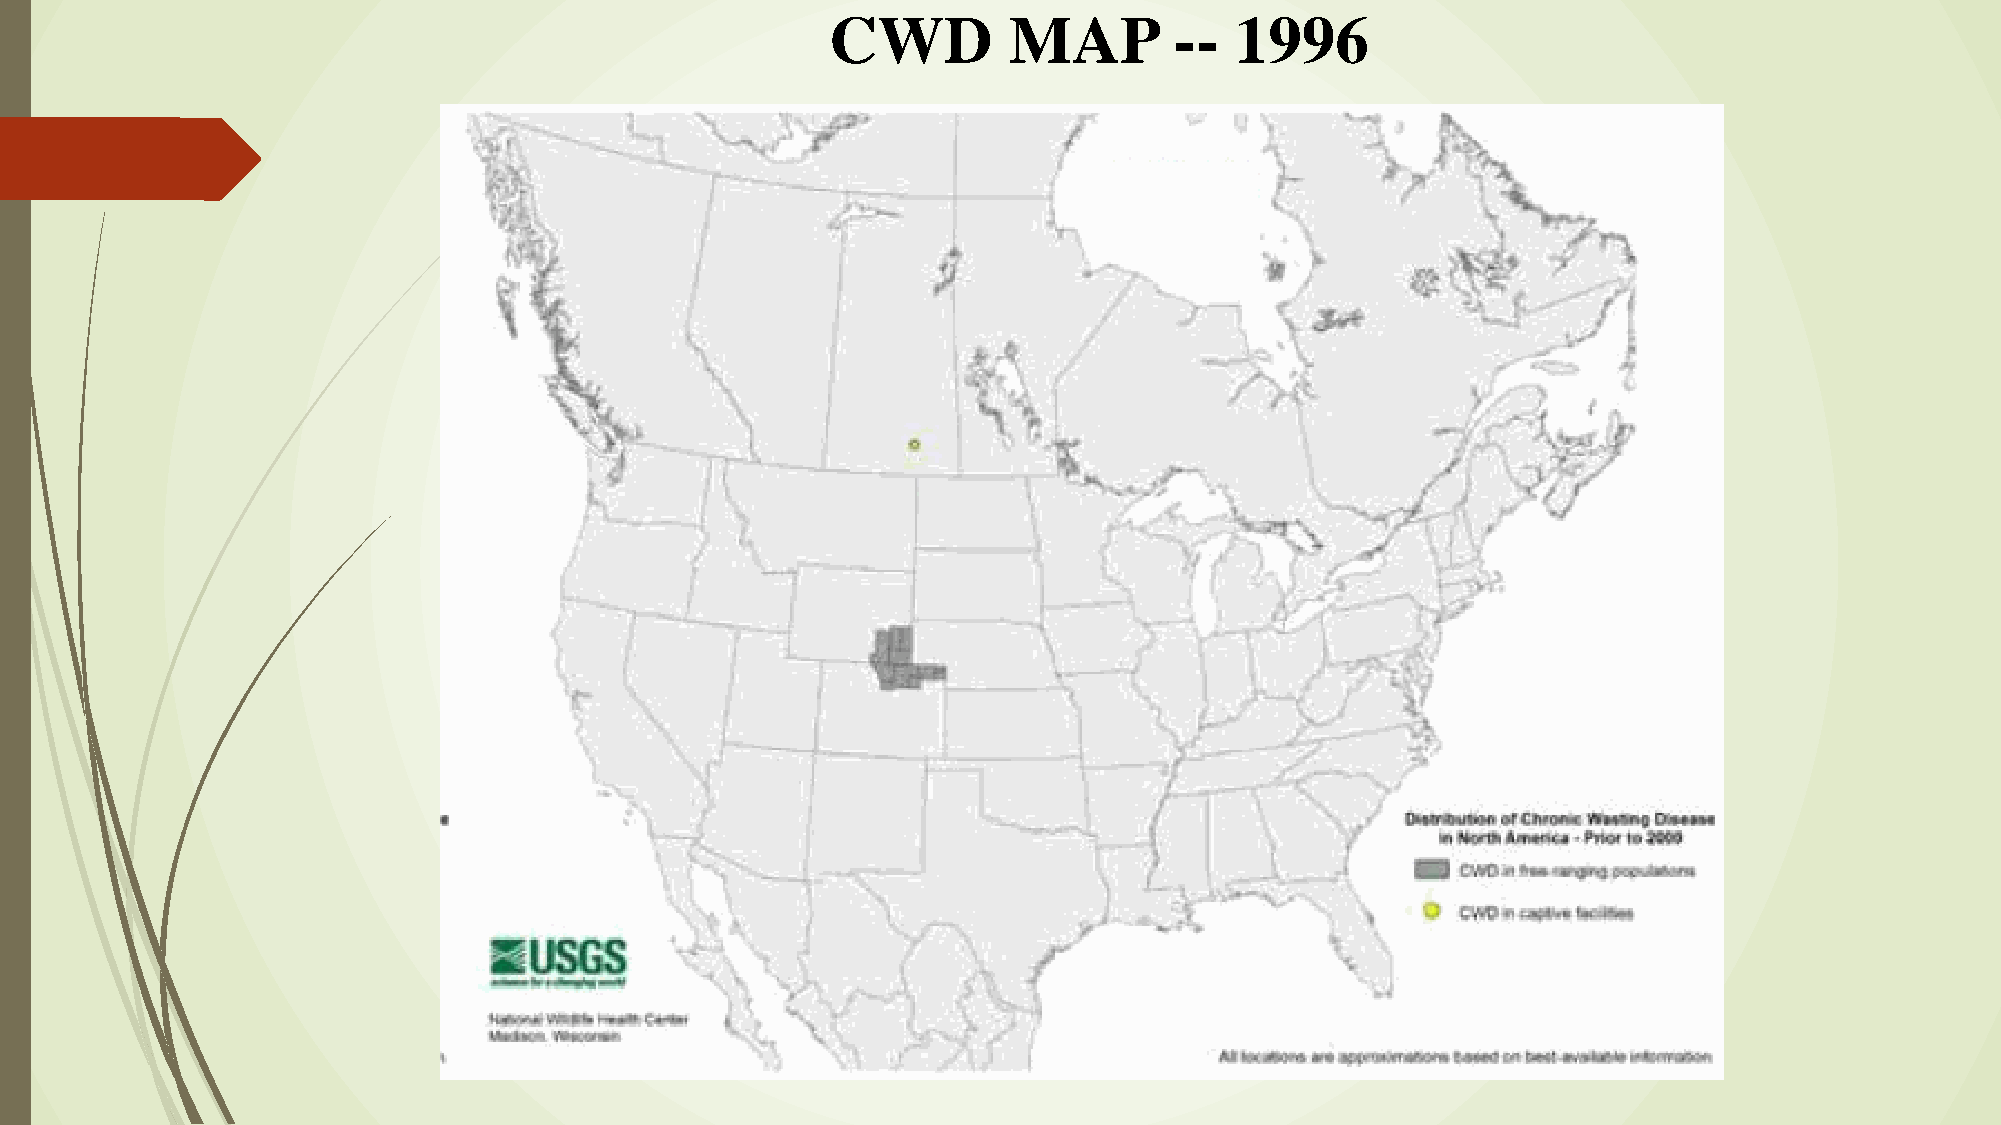
CWD         MAP        --  1996